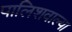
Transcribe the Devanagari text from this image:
पालिशवाल्या